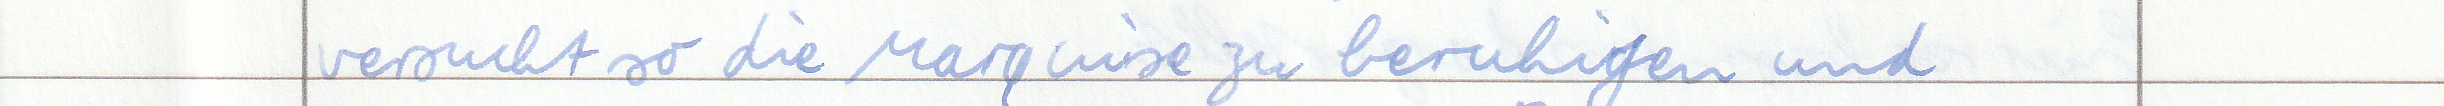
versucht so die Marquise zu beruhigen und